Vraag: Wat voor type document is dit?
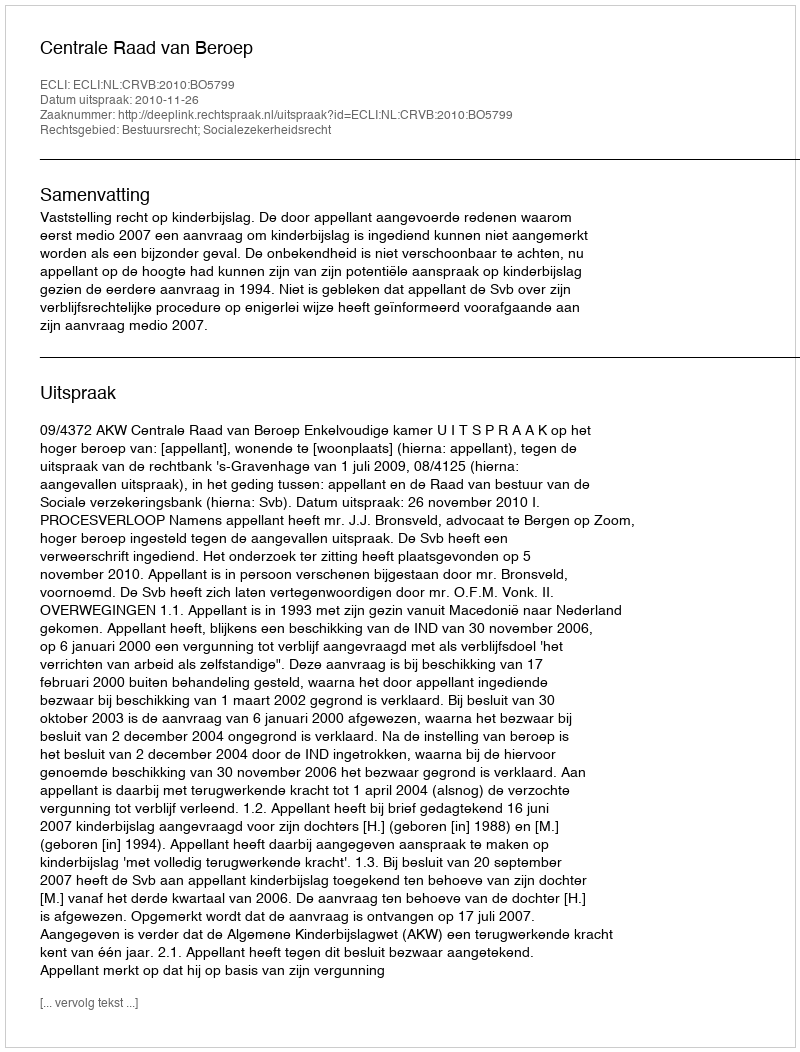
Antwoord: Uitspraak